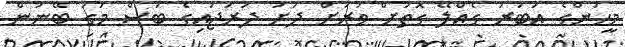
މީހުންގެ އަބުރު ގެއްލޭ ގޮތަށް ވަރަށް ދަށު ދަރަޖައިގެ ބަސް މަގު ބޭނުން